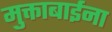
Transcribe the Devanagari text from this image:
मुक्ताबाईना